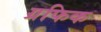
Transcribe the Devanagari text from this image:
ग्रफिक